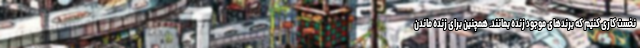
نخست کاری کنیم که برندهای موجود زنده بمانند. همچنین برای زنده ماندن